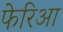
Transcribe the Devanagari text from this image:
फेरिआ